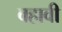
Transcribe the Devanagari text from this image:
वहावी